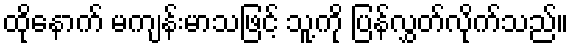
ထိုနောက် မကျန်းမာသဖြင့် သူ့ကို ပြန်လွှတ်လိုက်သည်။